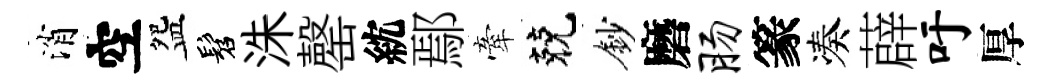
消空盌髫洙罄紞鄢牽兢鈔磨肠篆凑薜吁厚